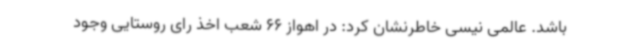
باشد. عالمی نیسی خاطرنشان کرد: در اهواز 66 شعب اخذ رای روستایی وجود